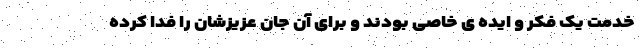
خدمت یک فکر و ایده ی خاصی بودند و برای آن جان عزیزشان را فدا کرده